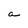
Character: a